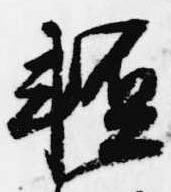
軽